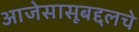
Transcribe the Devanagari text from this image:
आजेसासूबद्दलचे